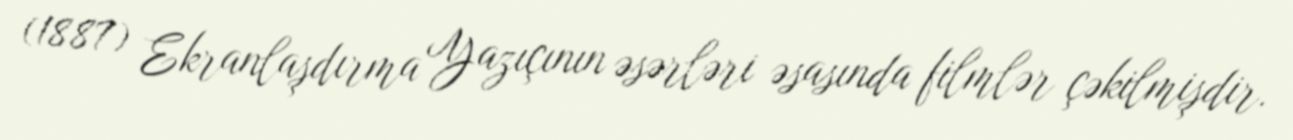
(1887) Ekranlaşdırma Yazıçının əsərləri əsasında filmlər çəkilmişdir.